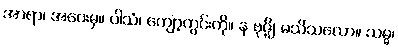
အာရာ၊ အဝေးမှ။ ပါသံ၊ ကျော့ကွင်းကို။ န ဗုဇ္ဈိ၊ မသိသလော။ သမ္မ၊